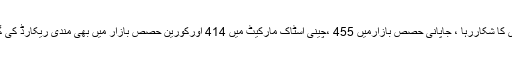
دوسری جانب کاروباری ہفتےکاآغازمیں ایشیائی اسٹاک مارکیٹس مندی کا شکاررہا ، جاپانی حصص بازارمیں 455 ،چینی اسٹاک مارکیٹ میں 414 اورکورین حصص بازار میں بھی مندی ریکارڈ کی گئی جبکہ امریکی اوریورپی حصص بازاربھی منفی زون میں نظرآئے۔